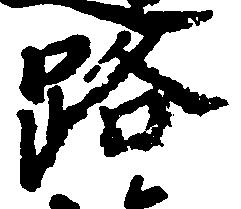
路